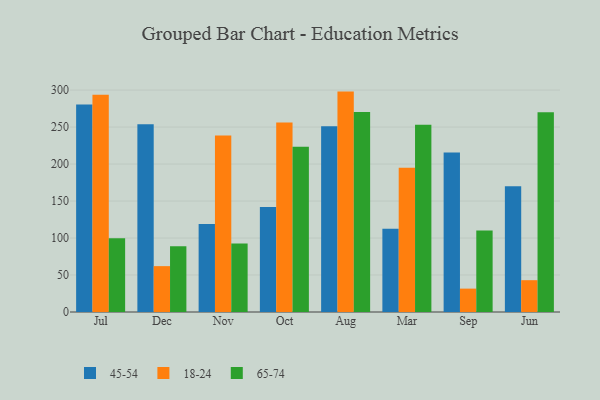
{"axis": {"x": "Month", "y": "Latency (ms)"}, "legend": ["18-24", "45-54", "65-74"], "data": [{"x": "Jul", "y": 280.4, "type": "45-54"}, {"x": "Jul", "y": 293.8, "type": "18-24"}, {"x": "Jul", "y": 99.8, "type": "65-74"}, {"x": "Dec", "y": 253.8, "type": "45-54"}, {"x": "Dec", "y": 62.0, "type": "18-24"}, {"x": "Dec", "y": 88.8, "type": "65-74"}, {"x": "Nov", "y": 118.8, "type": "45-54"}, {"x": "Nov", "y": 238.4, "type": "18-24"}, {"x": "Nov", "y": 92.6, "type": "65-74"}, {"x": "Oct", "y": 142.0, "type": "45-54"}, {"x": "Oct", "y": 256.1, "type": "18-24"}, {"x": "Oct", "y": 223.5, "type": "65-74"}, {"x": "Aug", "y": 251.1, "type": "45-54"}, {"x": "Aug", "y": 297.9, "type": "18-24"}, {"x": "Aug", "y": 270.3, "type": "65-74"}, {"x": "Mar", "y": 112.4, "type": "45-54"}, {"x": "Mar", "y": 195.0, "type": "18-24"}, {"x": "Mar", "y": 253.2, "type": "65-74"}, {"x": "Sep", "y": 215.7, "type": "45-54"}, {"x": "Sep", "y": 31.6, "type": "18-24"}, {"x": "Sep", "y": 110.1, "type": "65-74"}, {"x": "Jun", "y": 169.8, "type": "45-54"}, {"x": "Jun", "y": 43.0, "type": "18-24"}, {"x": "Jun", "y": 269.9, "type": "65-74"}]}